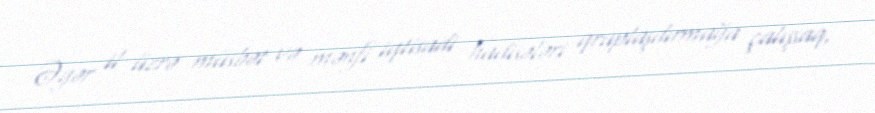
Əgər il üzrə müsbət və mənfi iqtisadi hadisələri qruplaşdırmağa çalışsaq,